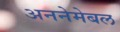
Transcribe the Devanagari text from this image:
अननेमेबल